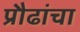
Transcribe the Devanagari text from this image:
प्रौढांचा